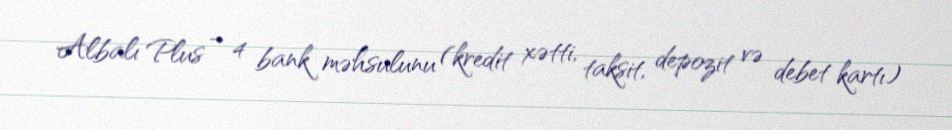
Albalı Plus – 4 bank məhsulunu (kredit xətti, taksit, depozit və debet kartı)